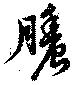
膿